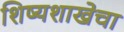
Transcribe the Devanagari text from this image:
शिष्यशाखेचा